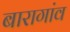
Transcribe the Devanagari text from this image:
बारागांव